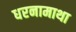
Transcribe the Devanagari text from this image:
धरनामाथा